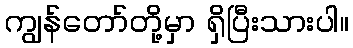
ကျွန်တော်တို့မှာ ရှိပြီးသားပါ။